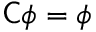
{ \mathsf { C } } \phi = \phi